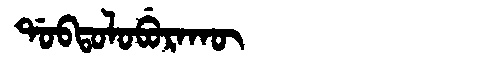
Manchu: ᡩᠣᠪᡨᠣᠯᠣᠪᡠᡵᠠᡴᡡ
Romanization: DOBTOLOBURAKŪ